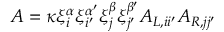
A = \kappa \xi _ { i } ^ { \alpha } \xi _ { i ^ { \prime } } ^ { \alpha ^ { \prime } } \xi _ { j } ^ { \beta } \xi _ { j ^ { \prime } } ^ { \beta ^ { \prime } } A _ { L , i i ^ { \prime } } A _ { R , j j ^ { \prime } }